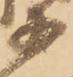
等